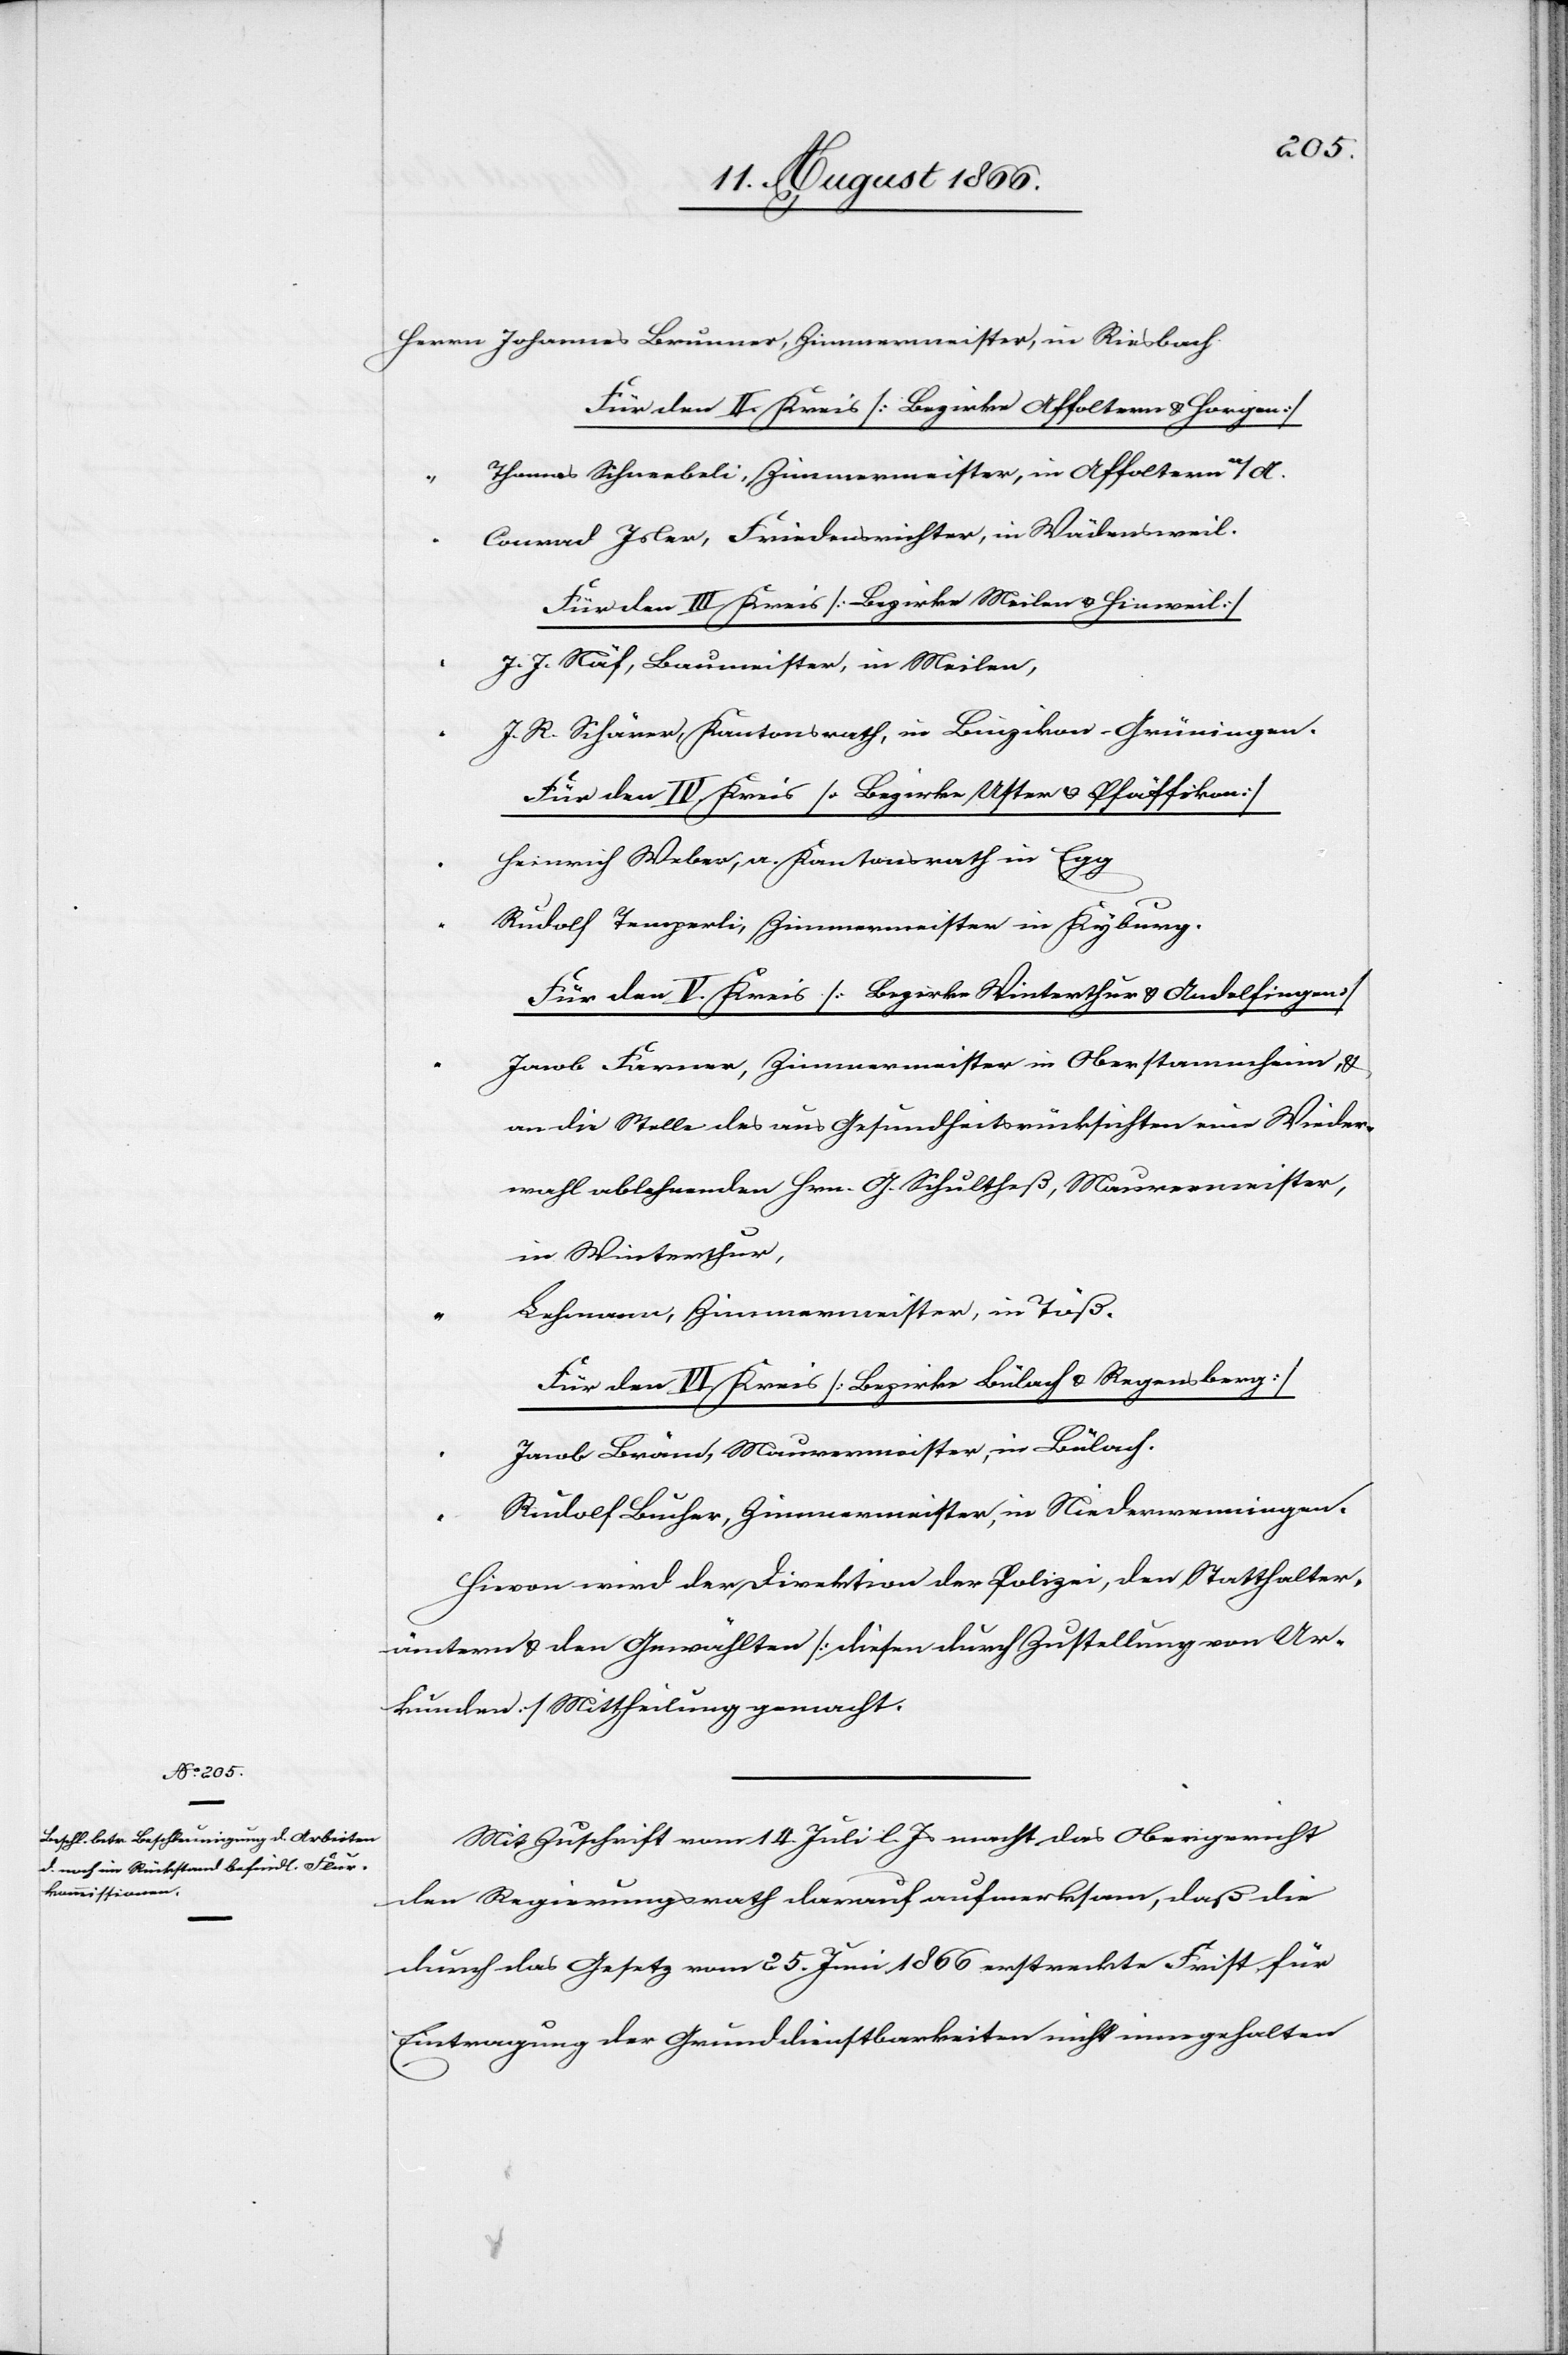
Herrn Johannes Brunner, Zimmermeister, in Riesbach.
Für den II. Kreis [Bezirke Affoltern u. Horgen]
Thomas Schnebeli, Zimmermeister, in Affoltern a/A.
Conrad Isler, Friedensrichter, in Wädensweil.
Für den III Kreis [Bezirke Meilen u. Hinweil]
“
J. J. Näf, Baumeister, in Meilen,
J. R. Schärer, Kantonsrath, in Binzikon-Grüningen.
Für den IV. Kreis [Bezirke Uster u. Pfäffikon]
Heinrich Weber, a. Kantonsrath in Egg
Rudolf Temperli, Zimmermeister in Kyburg.
Für den V. Kreis [Bezirke Winterthur u. Andelfingen]
Jacob Farner, Zimmermeister in Oberstammheim, u.
an die Stelle des aus Gesundheitsrücksichten eine Wieder¬
wahl ablehnenden Hrn. G. Schultheß, Maurermeister,
in Winterthur,
Lehmann, Zimmermeister, in Töß.
Für den VI. Kreis [Bezirks Bülach u. Regensberg]
Jacob Bräm, Maurermeister, in Bülach
Rudolf Buher, Zimmermeister, in Niederweningen.
Hievon wird der Direktion der Polizei, den Statthalter¬
ämtern u. den Gewählten [diesen durch Zustellung von Ur¬
kunden] Mittheilung gemacht.
Mit Zuschrift vom 14. Juli l. Js. macht das Obergericht
den Regierungsrath darauf aufmerksam, daß die
durch das Gesetz vom 25. Juni 1866 erstreckte Frist für
Eintragung der Grunddienstbarkeiten nicht eingehalten